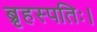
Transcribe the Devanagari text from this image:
ब्रृहस्पतिः।